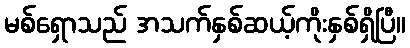
မစ်ရှောသည် အသက်နှစ်ဆယ့်ကိုးနှစ်ရှိပြီ။